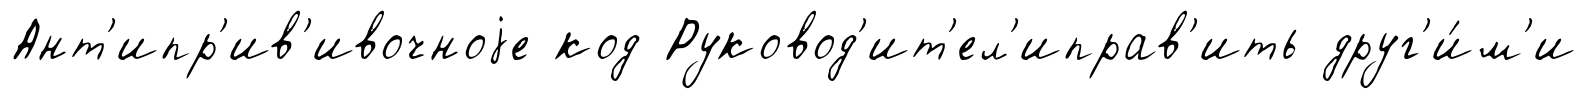
Ант'ипр'ив'ивочноjе код Руковод'ит'ел'иправ'ить друг'и́м'и